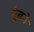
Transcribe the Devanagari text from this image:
द्वेबने